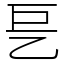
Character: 乬